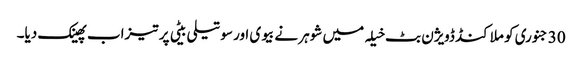
30 جنوری کو ملاکنڈ ڈویژن بٹ خیلہ میں شوہر نے بیوی اور سوتیلی بیٹی پر تیزاب پھینک دیا۔